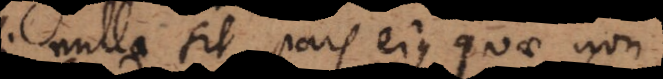
nulla sit pars ejus quae non